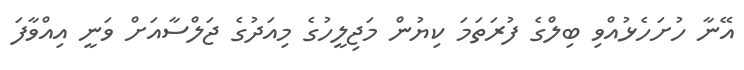
އޭނާ ހުށަހެޅުއްވި ބިލްގެ ފުރަތަމަ ކިޔުން މަޖިލީހުގެ މިއަދުގެ ޖަލްސާއަށް ވަނީ އިއްވާފަ